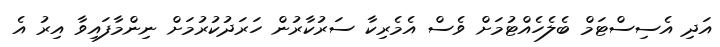
އަދި އެސިސްޓަމް ބެލެހެއްޓުމަށް ވެސް އެމެރިކާ ސަރުކާރުން ހަރަދުކުރުމަށް ނިންމާފައިވާ އިރު އެ